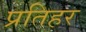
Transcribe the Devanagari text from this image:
प्रतिहर